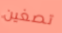
تصغين